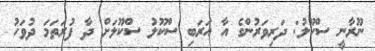
ނޫރާނީ ސްކޫލު: ދަރިވަރުންގެ އާ އަރަބި ސްކޫލު ސްކޫލަށް ދާ ފުރަތަމަ ދުވަހު